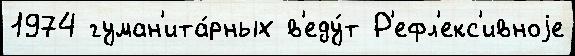
1974 гуман'ита́рных в'еду́т Р'ефл'екс'ивноjе